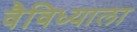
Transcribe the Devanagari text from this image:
वैविध्याला